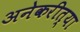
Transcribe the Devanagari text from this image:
अनेकरीत्या